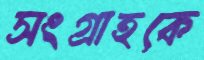
সংগ্রাহকে